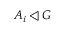
A _ { i } \triangleleft G